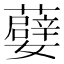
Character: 𭒯